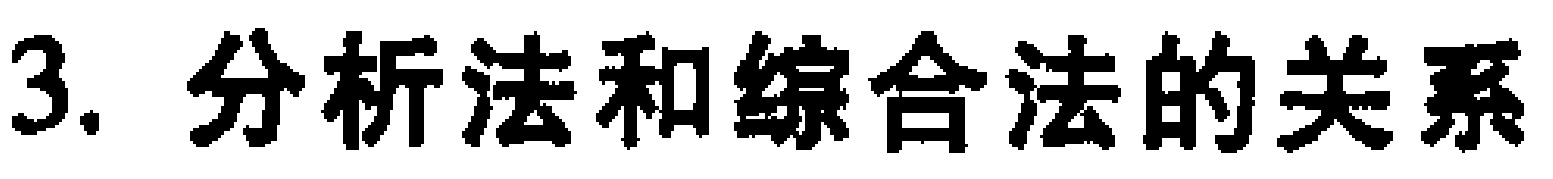
3. 分析法和综合法的关系